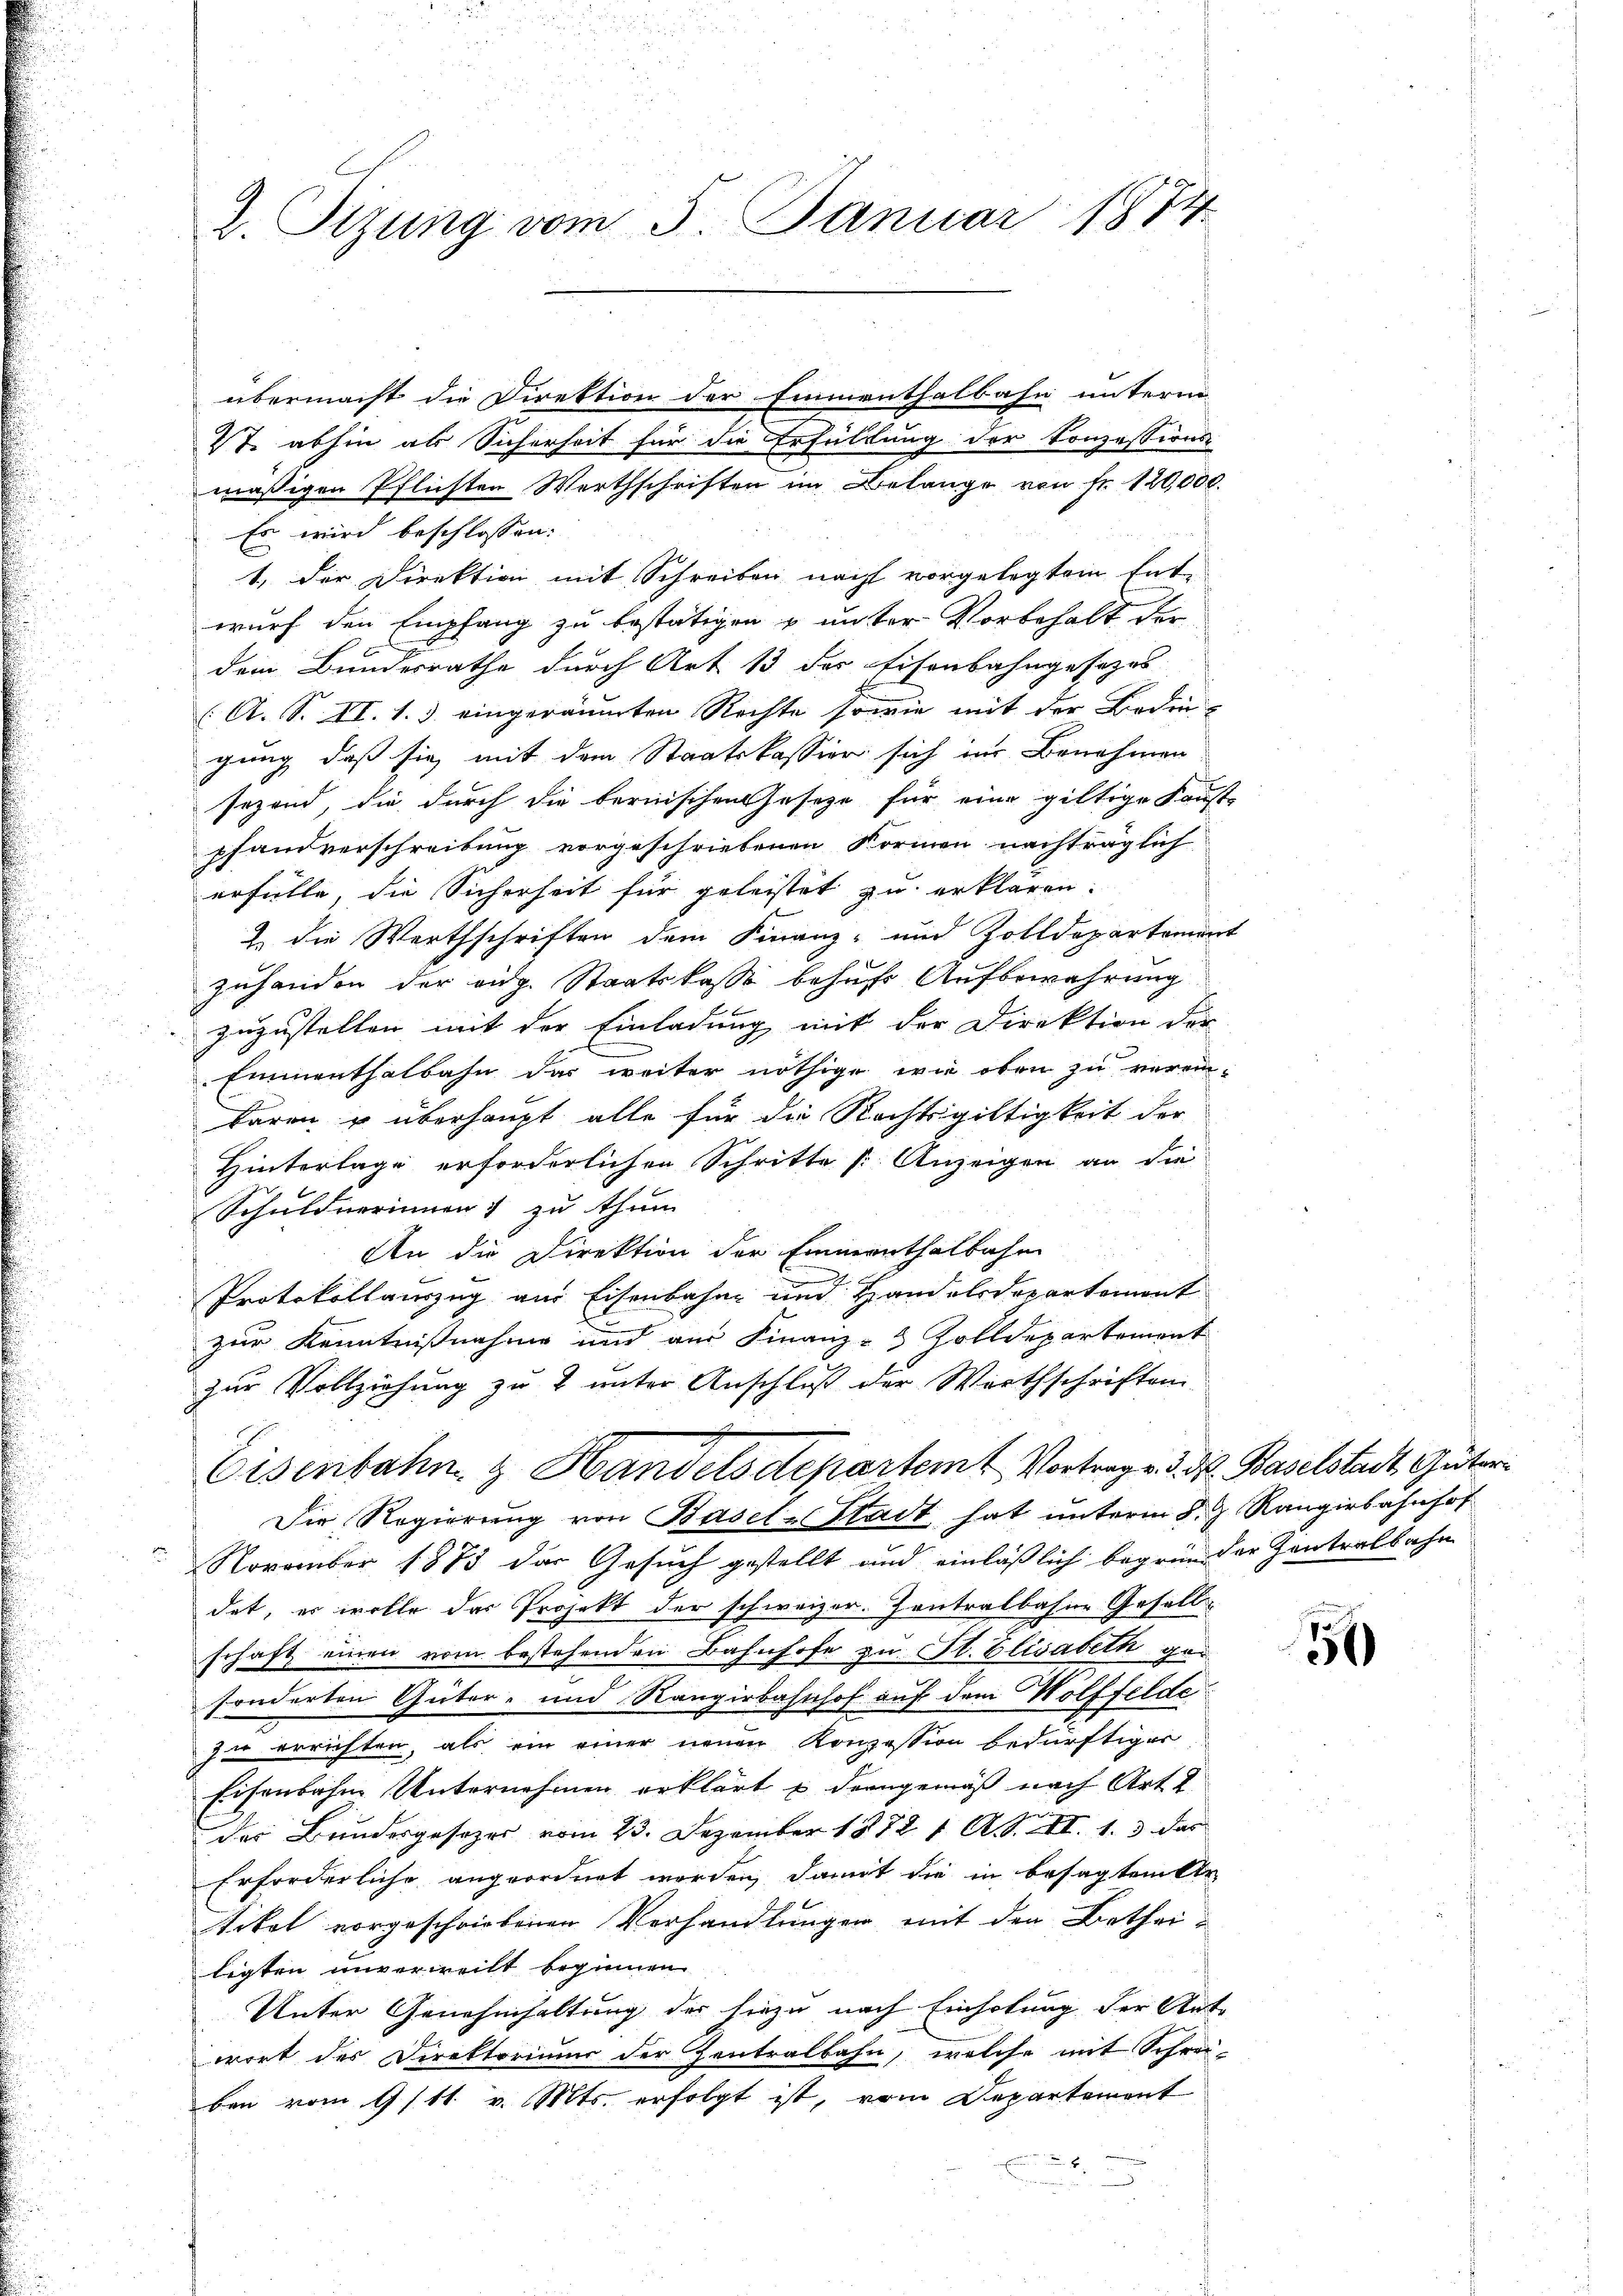
2. Tizung vom 5. Januar 1874.

übermacht die Direktion der Emmenthalbahn unterm
Vt. abhin als Sicherheit für die Erfüllung der Konzessions-
mäßigen Pflichten Werthschriften im Belange von Fr. 120,000.
Es wird beschlossen:
1, der Direktion mit Schreiben nacht vorgelegtem Entwurf den Empfang zu bestätigen & unter Vorbehalt der
dem Bundesrathe durch Art 13 der Eisenbahngesetzes
(A. S. II. 1.) eingeräumten Rechte sowie mit der Bedin-
gung, daß sie mit dem Staatskassier sich in Benehmen
sezend, die durch die bernischen Gesetze für eine giltige Konste
pfandverschreibung vorgeschriebenen Formen nachträglich
erfülle, die Sicherheit für geleistet zu erklären.
2. die Werthschriften dem Finanz- und Zolldepartemen
zuhanden der aug. Staatskasse behufs Aufbewahrung
zuzustellen mit der Einladung mit der Direktion der
Emmenthalbahn das weiter nöthige wie oben zu verein-
baren u überhaupt alle für die Rechtsgültigkeit der
Hinterlage erforderlichen Schritte [ Anzeigen an die
Schuldnerinnen & zu thun
An die Direktion der Einmenthalbahn
Protokollauszug aus Eisenbahn und Handelsdepartement
zur Kenntnißnahme und aus Finanz- Zolldepartement
zur Vollziehung zu & unter Anschluß der Wirthschriften
Eisenbahn & Handelsdepartemt Vortrage d. d. Baselstadt, Güter
Die Regierung von Basel-Stadt hat unterm 8. J. Rangirbahnhof
 November 1883 der Gesuch gestellt und einläßlich begründer Zentralbahn
dat, es wolle das Projekt der schweizer. Zentralbahne Gesell-
schaft einen vom bestehenden Bahnhofe zu St. Elisabeth gesonderten Güter- und Rangirbahnhof auf dem Wolffelde
zu errichten, als ein einer neuen Konzession bedürftiger
Eisenbahne Unternehmen erklärt u demgemäß nach Art
des Bundesgesezer vom 23. Dezember 1872 1 A. II. 1. 3. das
Erforderliche angeordnet worden, damit die in besagten der
tikel vorgeschriebenen Verhandlungen mit den Betheiligten unverweilt beginnen
Unter Genehmhaltung der hiezu nach Einholung der Ante
wort der Direktoriums der Zentralbahn, welche mit Schrei-
ben vom 9/11. v. Mts. erfolgt ist, vom Departement

151)